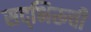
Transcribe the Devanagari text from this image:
सद्‌भिरूची